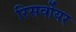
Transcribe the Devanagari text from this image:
रिसर्वोयर